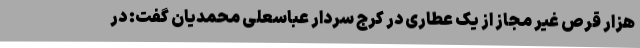
هزار قرص غیر مجاز از یک عطاری در کرج سردار عباسعلی محمدیان گفت: در